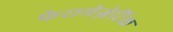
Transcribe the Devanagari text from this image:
फेरामेग्नेटिक